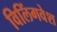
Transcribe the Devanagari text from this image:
विलिंगवेश